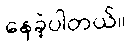
နေခဲ့ပါတယ်။